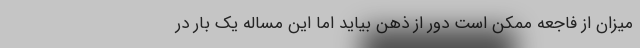
میزان از فاجعه ممکن است دور از ذهن بیاید اما این مساله یک ‌بار در